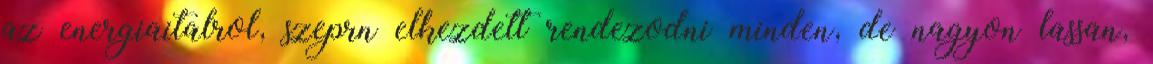
az energiaitalrol, szeprn elkezdett rendezodni minden, de nagyon lassan,